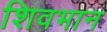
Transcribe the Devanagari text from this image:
शिवभान